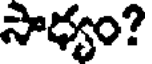
సాధ్యం?